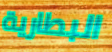
البطارية